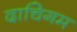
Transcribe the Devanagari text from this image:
दाचिगम